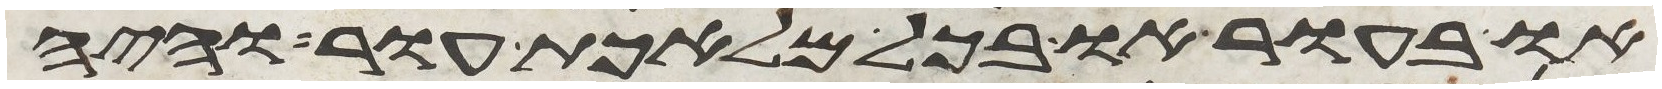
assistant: או בעור או בכל מלאכת עור והיה